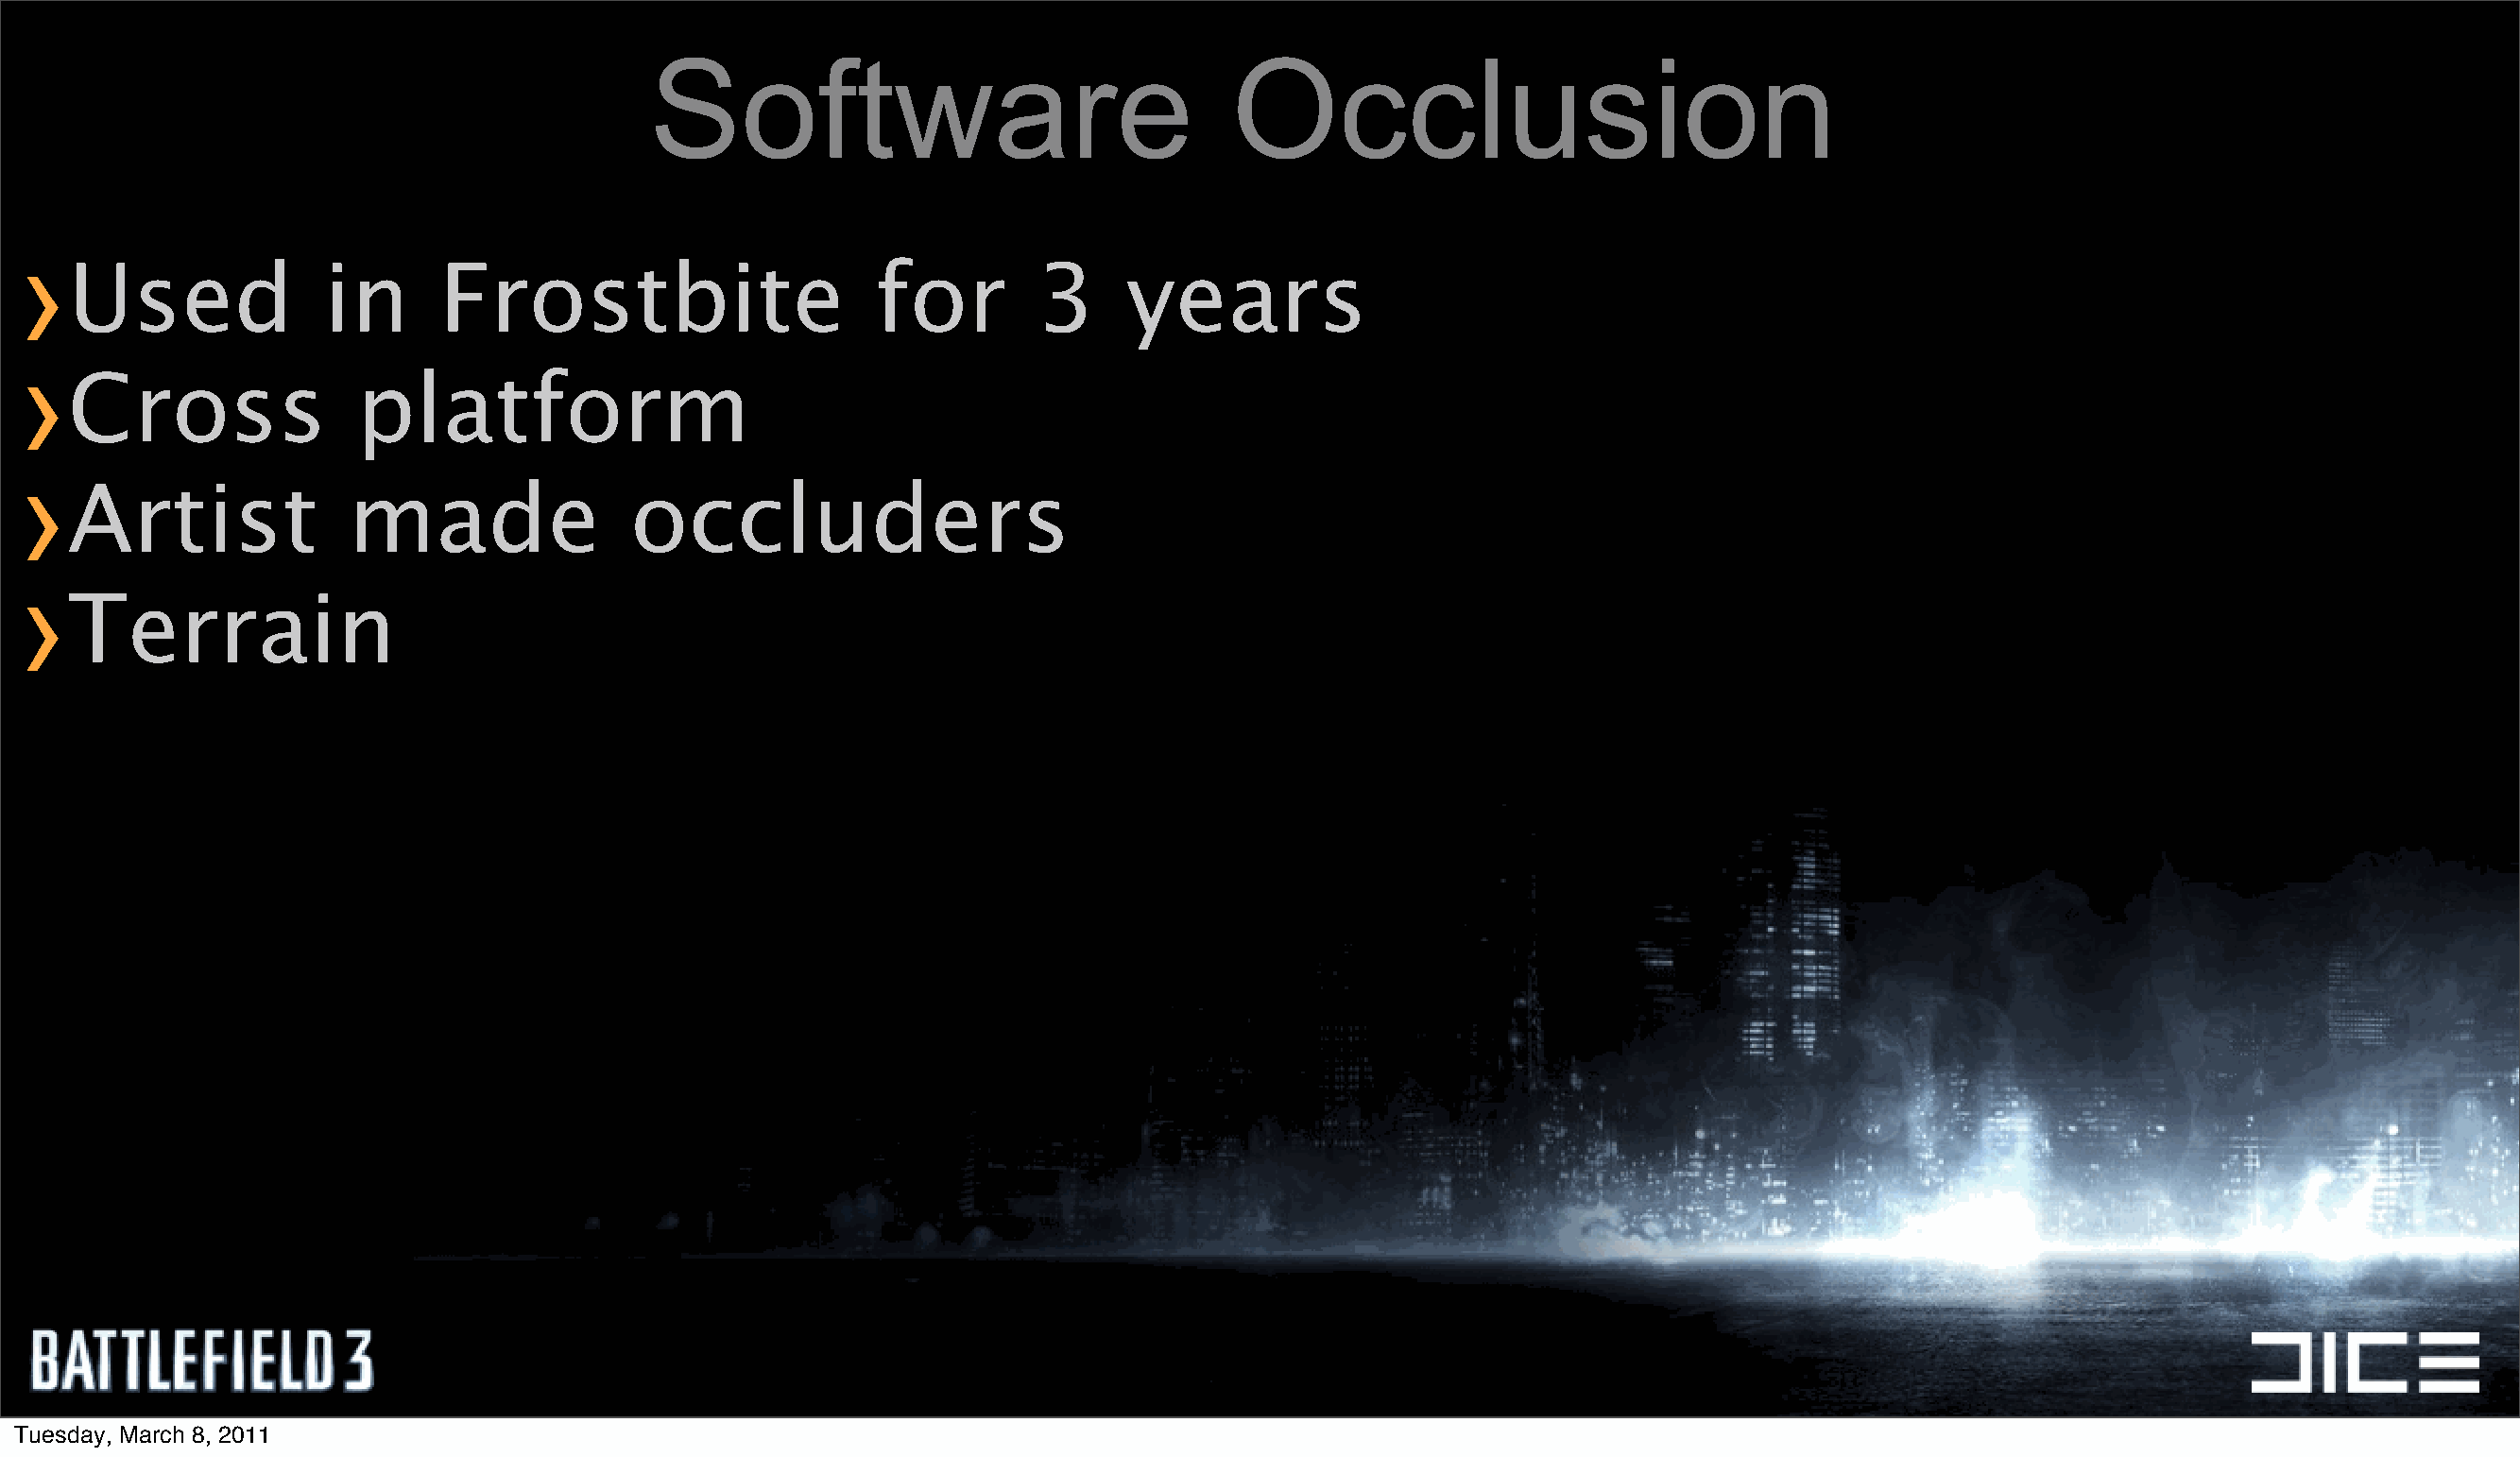
Software                                 Occlusion
 ›
 Used              in      Frostbite                     for         3     years
 ›
 Cross               platform
 ›
 Artist             made                occluders
 ›
 Terrain
 Tuesday, March 8, 2011